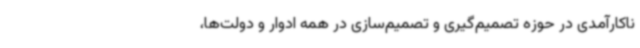
ناکارآمدی در حوزه تصمیم‌گیری و تصمیم‌سازی در همه ادوار و دولت‌ها،